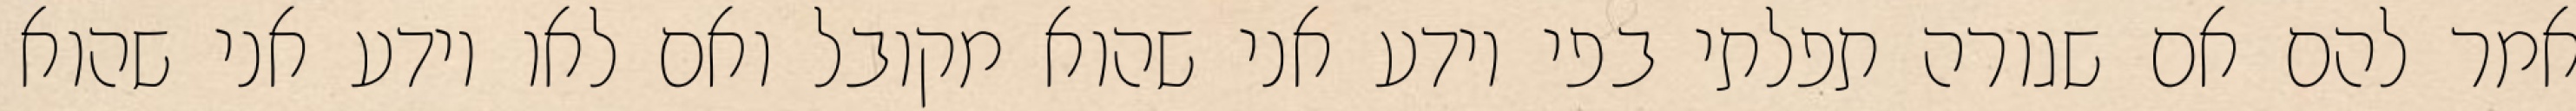
אמר להם אם שגורה תפלתי בפי יודע אני שהוא מקובל ואם לאו יודע אני שהוא